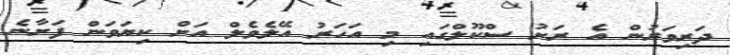
ދަރިވަރުން އެ ރަށު ސްކޫލްގައި މި އަހަރު އޭލެވެލް އަށް ކިޔަވަން ފަށާނެ